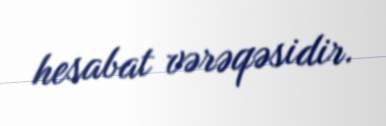
hesabat vərəqəsidir.